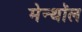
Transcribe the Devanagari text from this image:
मेन्थॉल